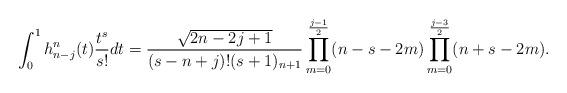
LaTeX: \begin{align*}\int_0^1 h^n_{n-j}(t)\frac{t^s}{s!} dt=\frac{\sqrt{2n-2j+1}}{(s-n+j)!(s+1)_{n+1}}\prod_{m=0}^{\frac{j-1}{2}}(n-s-2m)\prod_{m=0}^{\frac{j-3}{2}}(n+s-2m).\end{align*}